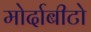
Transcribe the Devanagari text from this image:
मोर्दाबीटो